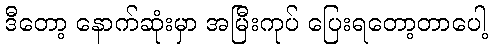
ဒီတော့ နောက်ဆုံးမှာ အမြီးကုပ် ပြေးရတော့တာပေါ့